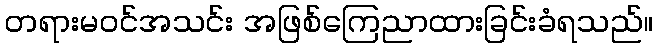
တရားမဝင်အသင်း အဖြစ်ကြေညာထားခြင်းခံရသည်။